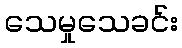
သေမှုသေခင်း